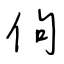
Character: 佝